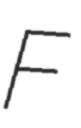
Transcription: F